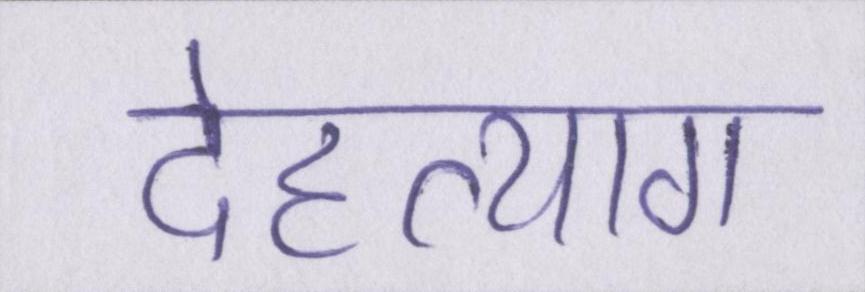
देहत्याग